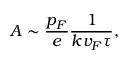
A \sim \frac { p _ { F } } { e } \frac { 1 } { k v _ { F } \tau } ,